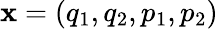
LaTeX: \textbf{x}=\left(q_{1},q_{2},p_{1},p_{2}\right)